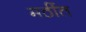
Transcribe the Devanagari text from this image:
मठींत